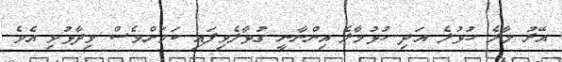
އޭރު މާލެ ހުޅުލެ އަދި ހުޅުމާލެ އިންނާނީ ގުޅާލެވިފައި ކަަމަށްވެސް ވިދާޅުވި އެވެ.